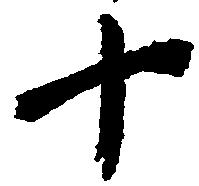
十